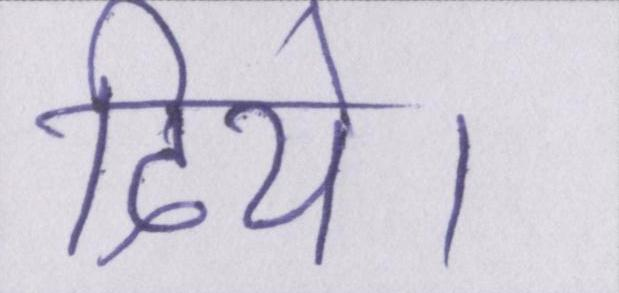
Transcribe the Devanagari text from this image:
दिये।